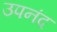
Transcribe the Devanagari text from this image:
उपनंद